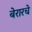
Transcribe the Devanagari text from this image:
बेरारचे